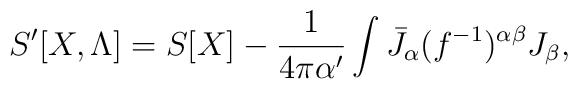
S'[X,\Lambda] = S[X] - {1 \over 4 \pi \alpha '} \int \bar{J}_{\alpha}(f^{-1})^{\alpha \beta}J_{\beta},